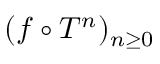
( f \circ T ^ { n } ) _ { n \geq 0 }